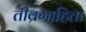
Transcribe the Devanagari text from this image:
तीव्रगाहिता